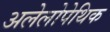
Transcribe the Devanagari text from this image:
अलेलोपेथिक